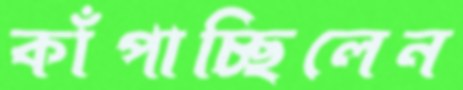
কাঁপাচ্ছিলেন